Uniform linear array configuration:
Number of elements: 32
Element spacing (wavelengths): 0.25
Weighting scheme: hamming
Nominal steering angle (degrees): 60
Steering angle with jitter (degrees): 60.342
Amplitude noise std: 0.05
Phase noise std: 0.05

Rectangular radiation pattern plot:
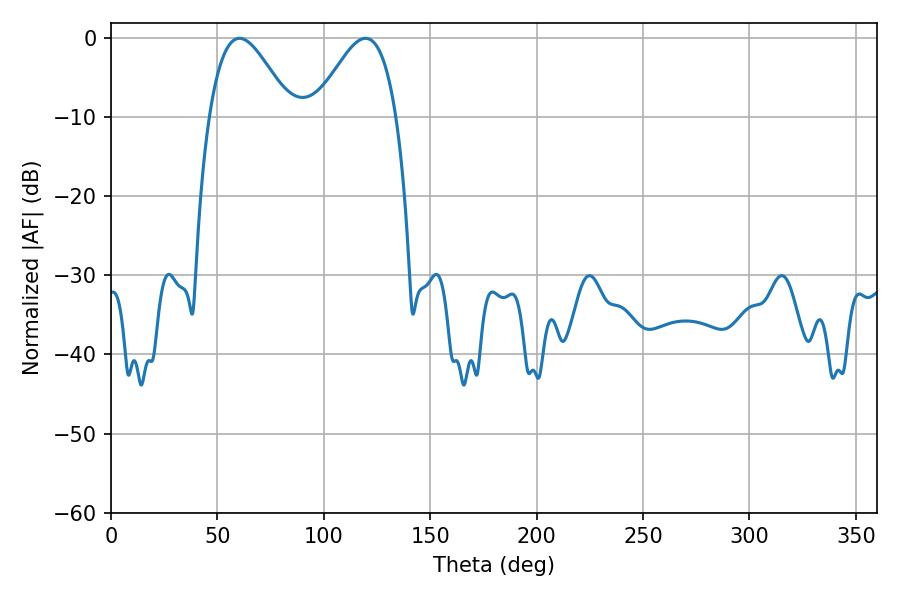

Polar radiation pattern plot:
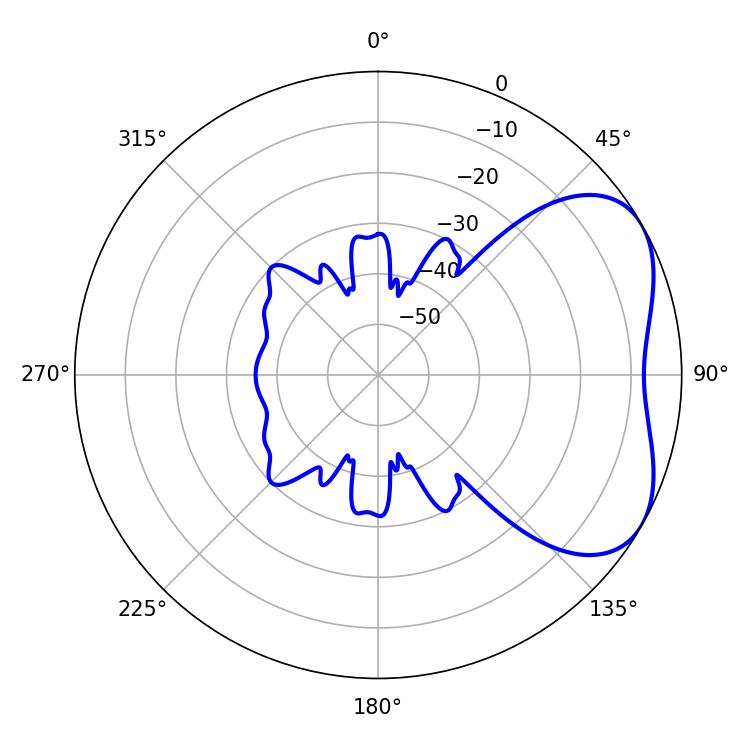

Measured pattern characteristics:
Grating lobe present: FALSE
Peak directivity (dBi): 4.443
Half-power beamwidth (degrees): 20.52
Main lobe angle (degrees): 60.3